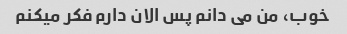
خوب، من می دانم پس الان دارم فکر میکنم